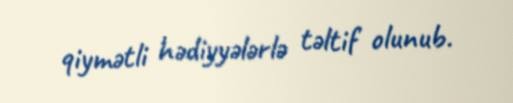
qiymətli hədiyyələrlə təltif olunub.